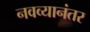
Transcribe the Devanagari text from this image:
नवव्यानंतर